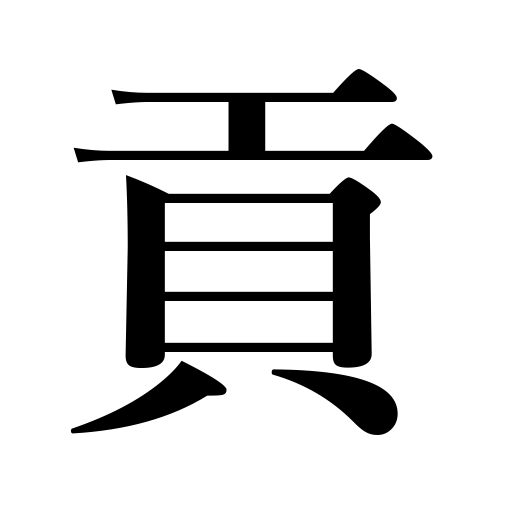
Meanings: tribute,finance,support